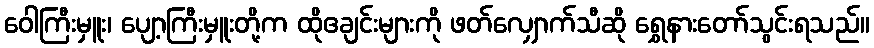
ဝေါကြီးမှူး၊ ပျော့ကြီးမှူးတို့က ထိုဧချင်းများကို ဖတ်လျှောက်သီဆို ရွှေနားတော်သွင်းရသည်။